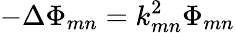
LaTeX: -\Delta\Phi_{mn}=k_{mn}^{2}\Phi_{mn}